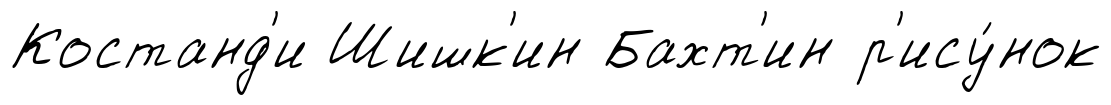
Костанд'и Шишк'ин Бахт'ин р'ису́нок